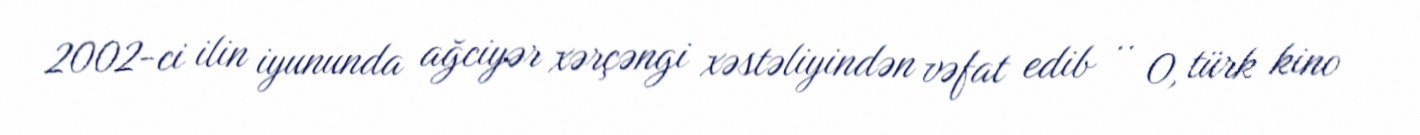
2002-ci ilin iyununda ağciyər xərçəngi xəstəliyindən vəfat edib .. O, türk kino